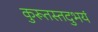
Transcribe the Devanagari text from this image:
कुरूतस्तदुभयं